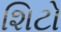
શિટો